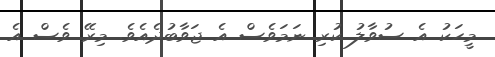
މީހަކު އެ ސުވާލު ކުރި ނަމަވެސް އެ ޖަވާބުދެއެވެ. މިރޭ ވެސް އެ